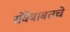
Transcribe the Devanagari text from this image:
सेवेबाबतचे